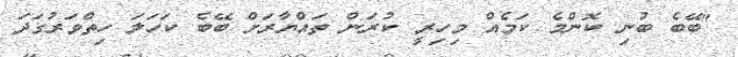
"ބޭބެ ބުނި ކޮންމެ ކަމެއް މިހިރީ ކުރަން ތައްޔާރަށް ބޭބެ ކަހަލަ ހިތްވަރުގަދަ